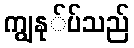
ကျွနု်ပ်သည်